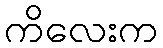
ကိလေးက